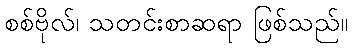
စစ်ဗိုလ်၊ သတင်းစာဆရာ ဖြစ်သည်။